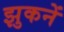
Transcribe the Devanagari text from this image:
झुकनें